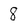
Character: 8